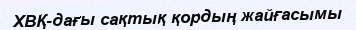
ХВҚ-дағы сақтық қордың жайғасымы